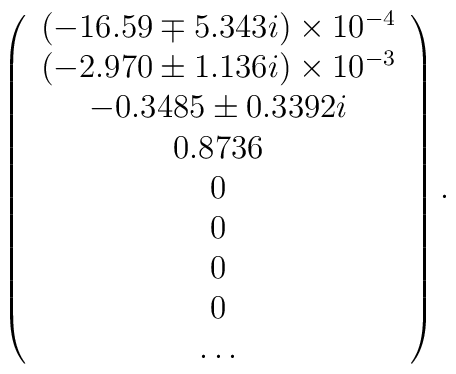
\left(\begin{array}{c}(-16.59\mp 5.343 i)\times 10^{-4}\\(-2.970\pm 1.136 i)\times 10^{-3}\\-0.3485\pm 0.3392 i\\0.8736\\0\\0\\0\\0\\\ldots\\\end{array}\right).